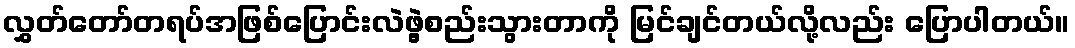
လွှတ်တော်တရပ်အဖြစ်ပြောင်းလဲဖွဲ့စည်းသွားတာကို မြင်ချင်တယ်လို့လည်း ပြောပါတယ်။